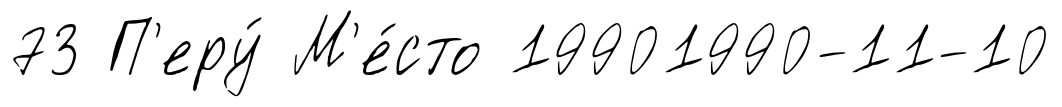
73 П'еру́ М'е́сто 19901990-11-10